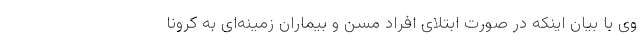
وی با بیان اینکه در صورت ابتلای افراد مسن و بیماران زمینه‌ای به کرونا